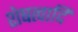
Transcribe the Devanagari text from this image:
शेषत्वादि